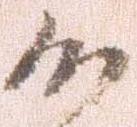
候